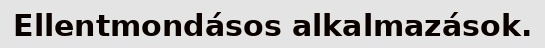
Ellentmondásos alkalmazások.